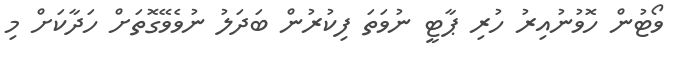
ވޯޓުން ހޮވުނުއިރު ހުރި ޕާޓީ ނުވަތަ ފިކުރުން ބަދަލު ނުވެވޭގޮތަށް ހަދާކަށް މި